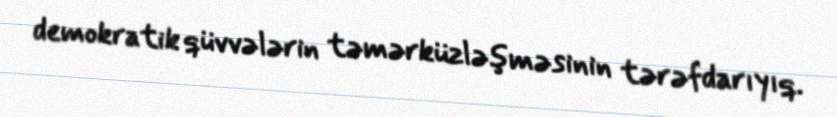
demokratik qüvvələrin təmərküzləşməsinin tərəfdarıyıq.